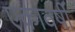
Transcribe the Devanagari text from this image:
एकावर्षी